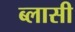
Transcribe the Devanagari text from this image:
ब्लासी